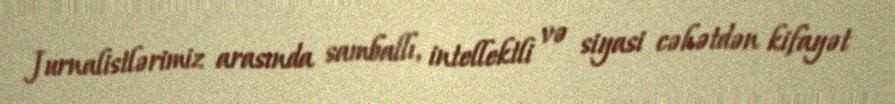
Jurnalistlərimiz arasında samballı, intellektli və siyasi cəhətdən kifayət